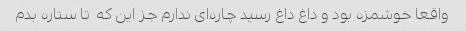
واقعا خوشمزه بود و داغ داغ رسید چاره‌ای ندارم جز این که  تا ستاره بدم